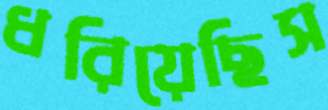
ধরিয়েছিস